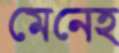
মেনেহ